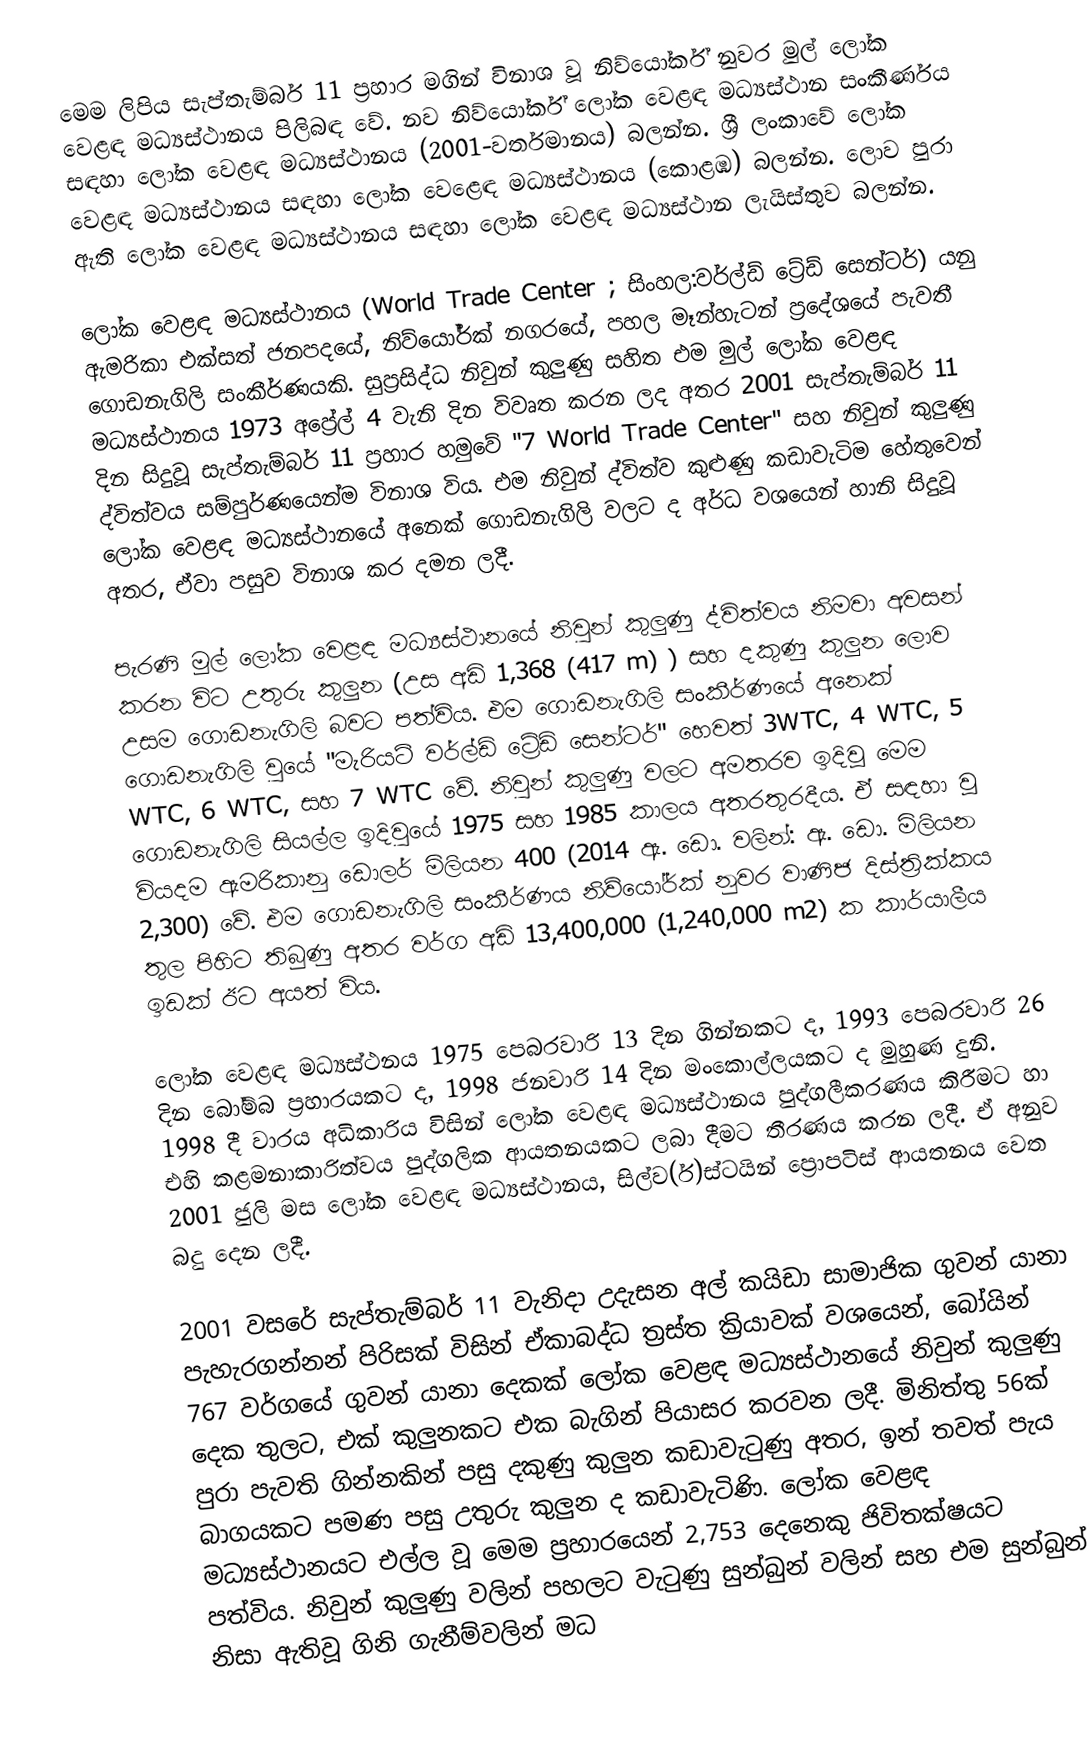
මෙම ලිපිය සැප්තැම්බර් 11 ප්‍රහාර මගින් විනාශ වූ නිව්යෝර්ක් නුවර මුල් ලෝක වෙළඳ මධ්‍යස්ථානය පිලිබඳ වේ. නව නිව්යෝර්ක් ලෝක වෙළඳ මධ්‍යස්ථාන සංකීර්ණය සඳහා ලෝක වෙළඳ මධ්‍යස්ථානය (2001-වර්තමානය) බලන්න. ශ්‍රී ලංකාවේ ලෝක වෙළඳ මධ්‍යස්ථානය සඳහා ලෝක වෙළෙඳ මධ්‍යස්ථානය (කොළඹ) බලන්න. ලොව පුරා ඇති ලෝක වෙළඳ මධ්‍යස්ථානය සඳහා ලෝක වෙළඳ මධ්‍යස්ථාන ලැයිස්තුව බලන්න.

ලෝක වෙළඳ මධ්‍යස්ථානය (World Trade Center ; සිංහල:වර්ල්ඩ් ට්‍රේඩ් සෙන්ටර්) යනු ඇමරිකා එක්සත් ජනපදයේ, නිව්යෝර්ක් නගරයේ, පහල මෑන්හැටන් ප්‍රදේශයේ පැවතී ගොඩනැගිලි සංකීර්ණයකි. සුප්‍රසිද්ධ නිවුන් කුලුණු සහිත එම මුල් ලෝක වෙළඳ මධ්‍යස්ථානය 1973 අප්‍රේල් 4 වැනි දින විවෘත කරන ලද අතර 2001 සැප්තැම්බර් 11 දින සිදුවූ සැප්තැම්බර් 11 ප්‍රහාර හමුවේ "7 World Trade Center" සහ නිවුන් කුලුණු ද්විත්වය සම්පුර්ණයෙන්ම විනාශ විය. එම නිවුන් ද්විත්ව කුළුණු කඩාවැටිම හේතුවෙන් ලෝක වෙළඳ මධ්‍යස්ථානයේ අනෙක් ගොඩනැගිලි වලට ද අර්ධ වශයෙන් හානි සිදුවූ අතර, ඒවා පසුව විනාශ කර දමන ලදී.

පැරණි මුල් ලෝක වෙළඳ මධ්‍යස්ථානයේ නිවුන් කුලුණු ද්විත්වය නිමවා අවසන් කරන විට උතුරු කුලුන (උස අඩි 1,368 (417 m) ) සහ දකුණු කුලුන ලොව උසම ගොඩනැගිලි බවට පත්විය. එම ගොඩනැගිලි සංකීර්ණයේ අනෙක් ගොඩනැගිලි වුයේ "මැරියට් වර්ල්ඩ් ට්‍රේඩ් සෙන්ටර්" හෙවත් 3WTC,  4 WTC, 5 WTC, 6 WTC, සහ 7 WTC වේ. නිවුන් කුලුණු වලට අමතරව ඉදිවූ මෙම ගොඩනැගිලි සියල්ල ඉදිවුයේ 1975 සහ 1985 කාලය අතරතුරදීය. ඒ සඳහා වූ වියදම ඇමරිකානු ඩොලර් මිලියන 400 (2014 ඇ. ඩො. වලින්: ඇ. ඩො. මිලියන 2,300) වේ. එම ගොඩනැගිලි සංකීර්ණය නිව්යෝර්ක් නුවර වාණිජ දිස්ත්‍රික්කය තුල පිහිට තිබුණු අතර වර්ග අඩි 13,400,000 (1,240,000 m2) ක කාර්යාලීය ඉඩක් ඊට අයත් විය.

ලෝක වෙළඳ මධ්‍යස්ථනය 1975 පෙබරවාරි 13 දින ගින්නකට ද, 1993 පෙබරවාරි 26 දින බෝම්බ ප්‍රහාරයකට ද, 1998 ජනවාරි 14 දින මංකොල්ලයකට ද  මුහුණ දුනි. 1998 දී වාරය අධිකාරිය විසින් ලෝක වෙළඳ මධ්‍යස්ථානය පුද්ගලීකරණය කිරීමට හා එහි කළමනාකාරිත්වය පුද්ගලික ආයතනයකට ලබා දීමට තීරණය කරන ලදී. ඒ අනුව 2001 ජුලි මස ලෝක වෙළඳ මධ්‍යස්ථානය, සිල්ව(ර්)ස්ටයින් ප්‍රොපටිස් ආයතනය වෙත බදු දෙන ලදී.

2001 වසරේ සැප්තැම්බර් 11 වැනිදා උදැසන අල් කයිඩා සාමාජික ගුවන් යානා පැහැරගන්නන් පිරිසක් විසින් ඒකාබද්ධ ත්‍රස්ත ක්‍රියාවක් වශයෙන්, බෝයින් 767 වර්ගයේ ගුවන් යානා දෙකක් ලෝක වෙළඳ මධ්‍යස්ථානයේ නිවුන් කුලුණු දෙක තුලට, එක් කුලුනකට එක බැගින් පියාසර කරවන ලදී. මිනිත්තු 56ක් පුරා පැවති ගින්නකින් පසු දකුණු කුලුන කඩාවැටුණු අතර, ඉන් තවත් පැය බාගයකට පමණ පසු උතුරු කුලුන ද කඩාවැටිණි. ලෝක වෙළඳ මධ්‍යස්ථානයට එල්ල වූ මෙම ප්‍රහාරයෙන් 2,753 දෙනෙකු ජිවිතක්ෂයට පත්විය. නිවුන් කුලුණු වලින් පහලට  වැටුණු සුන්බුන් වලින් සහ එම සුන්බුන් නිසා ඇතිවූ ගිනි ගැනීම්වලින් මධ